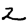
Digit: 2